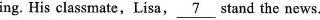
ing. His classmate,Lisa, \underline{ 7 } stand the news.